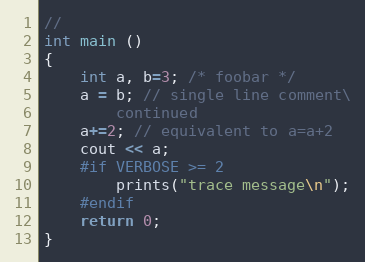
Language: C++
//
int main ()
{
    int a, b=3; /* foobar */
    a = b; // single line comment\
        continued
    a+=2; // equivalent to a=a+2
    cout << a;
    #if VERBOSE >= 2
        prints("trace message\n");
    #endif
    return 0;
}